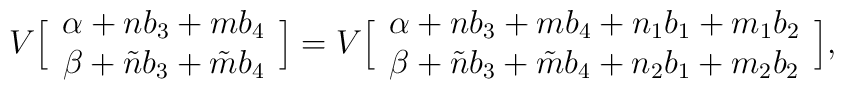
V\Big[  \begin{array}{c} \alpha + n b_3 + {m}b_4  \cr\beta  + \tilde{n} b_3 + \tilde{m}b_4  \end{array} \Big] = V\Big[  \begin{array}{c} \alpha + n b_3 + {m}b_4  +n_1 b_1 + m_1 b_2 \cr\beta  + \tilde{n} b_3 + \tilde{m}b_4  +n_2 b_1 + m_2 b_2\end{array} \Big],